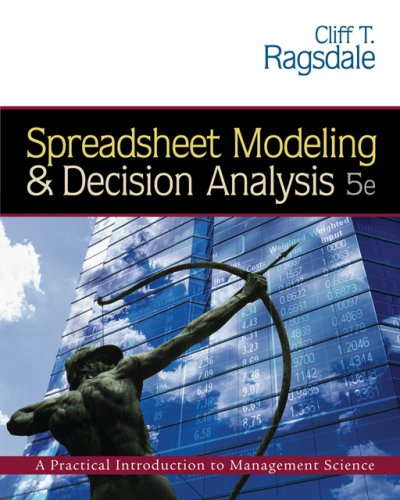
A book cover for Spreadsheet Modeling and Decision Analysis (with CD-ROM and Microsoft Project 2003 120 day version); Cliff Ragsdale; Computers & Technology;